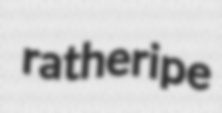
ratheripe